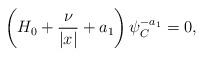
LaTeX: \begin{align*}\left(H_0+\frac{\nu}{|x|}+a_1\right)\psi^{-a_1}_C=0,\end{align*}